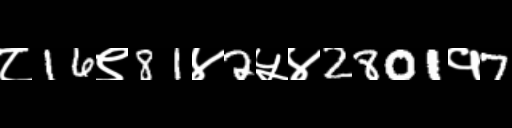
Text: ८16९81४2५४2801१7